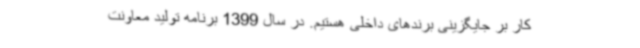
کار بر جایگزینی برندهای داخلی هستیم. در سال 1399 برنامه تولید معاونت